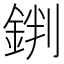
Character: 𨧘